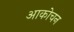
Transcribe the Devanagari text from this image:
आकोचन